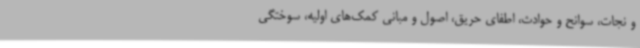
و نجات، سوانح و حوادث، اطفای حریق، اصول و مبانی کمک‌های اولیه، سوختگی